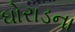
ઘોરાડના